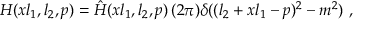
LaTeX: H ( x l _ { 1 } , l _ { 2 } , p ) = \hat { H } ( x l _ { 1 } , l _ { 2 } , p ) \, ( 2 \pi ) \delta ( ( l _ { 2 } + x l _ { 1 } - p ) ^ { 2 } - m ^ { 2 } ) \ ,